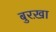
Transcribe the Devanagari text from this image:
बुरख़ा